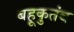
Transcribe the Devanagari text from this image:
बहूकुतंब